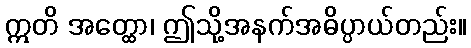
ဣတိ အတ္ထော၊ ဤသို့အနက်အဓိပ္ပာယ်တည်း။